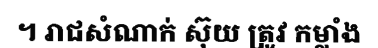
។ រាជសំណាក់ ស៊ុយ ត្រូវ កម្លាំង